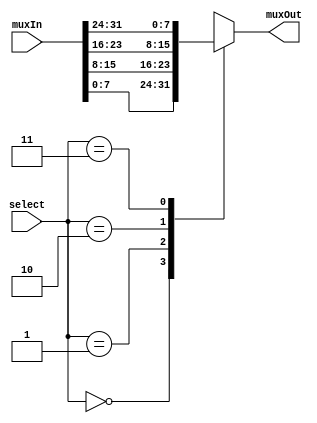
module cacheMux_4x1_8bit(output reg[7:0] muxOut, input [31:0] muxIn, input[1:0] select);
	always @(muxIn or select)
	begin
		case(select)
			2'b00 : muxOut=muxIn[7:0];
			2'b01 : muxOut=muxIn[15:8];
			2'b10 : muxOut=muxIn[23:16];
			2'b11 : muxOut=muxIn[31:24];
		endcase

	end
endmodule